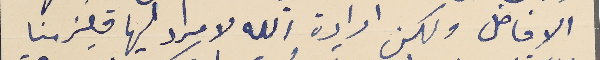
الافاضل ولكن ارادة الله لا مراد ليها فيلزمنا